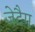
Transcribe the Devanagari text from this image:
जेटैग